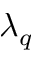
\lambda _ { q }